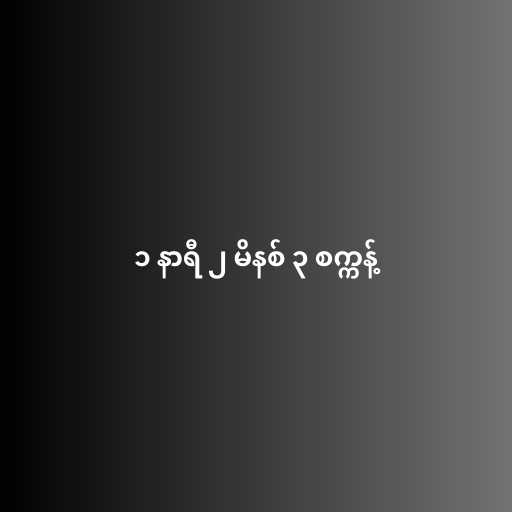
၁ နာရီ ၂ မိနစ် ၃ စက္ကန့်